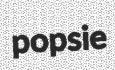
popsie